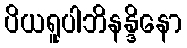
ပိယရူပါဘိနန္ဒိနော